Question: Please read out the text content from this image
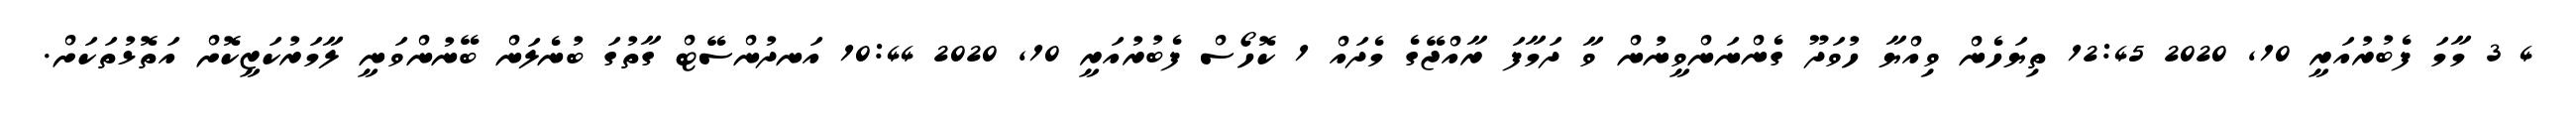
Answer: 4 3 މާމަ ފެބުރުއަރީ 10, 2020 12:45 ތިޔަހެން ވިއްޔާ ހުވަދޫ ގެންނަންވީނުން ވާ ދަމާފަ ރާއްޖޭގެ މެދައް 1 ކޮހޯސް ފެބުރުއަރީ 10, 2020 10:44 އަނދުންސޭޓް ގާތުގަ ބުނެލަން ބޭނުންވަނީ ލާމަރުކަޒީކޮށް އަތޮޅުތަކަށް.